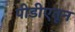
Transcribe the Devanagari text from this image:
पीडीएतून